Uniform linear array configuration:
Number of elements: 64
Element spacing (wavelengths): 0.25
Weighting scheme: hann
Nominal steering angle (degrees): -45
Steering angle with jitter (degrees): -46.769
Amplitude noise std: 0.05
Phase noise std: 0.05

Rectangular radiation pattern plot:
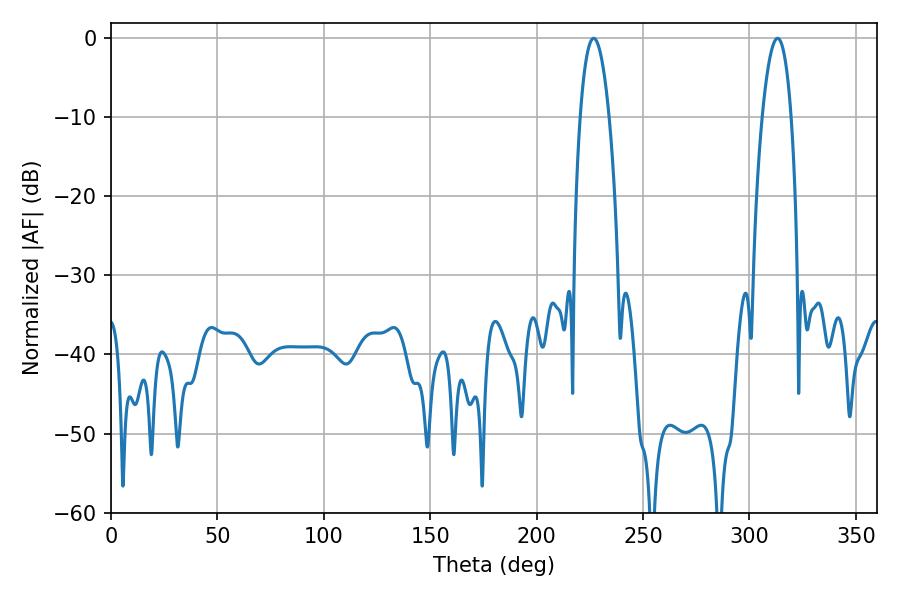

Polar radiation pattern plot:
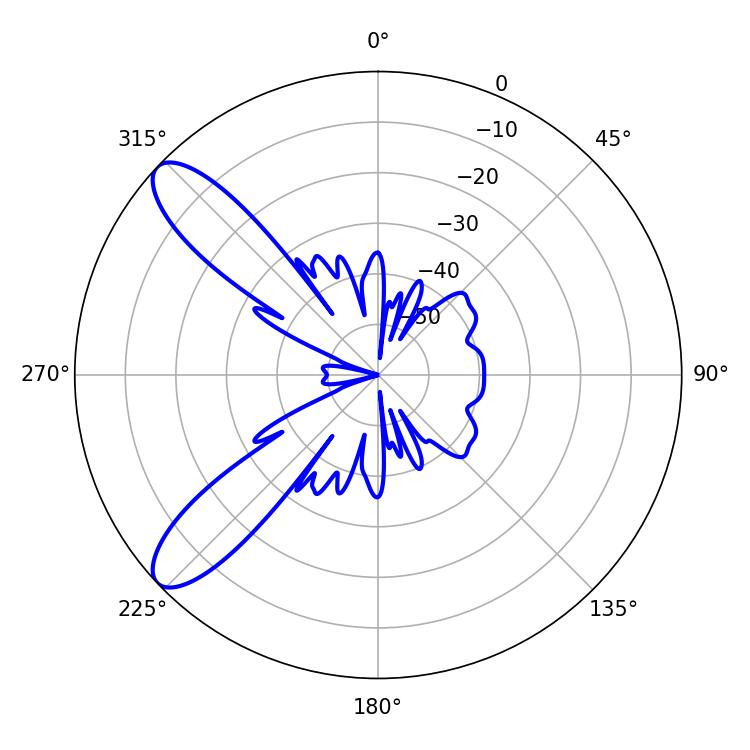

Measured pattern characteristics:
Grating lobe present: FALSE
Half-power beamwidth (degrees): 7.56
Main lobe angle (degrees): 226.8